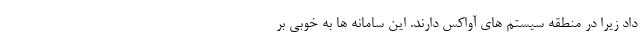
داد زیرا در منطقه سیستم های آواکس دارند. این سامانه ها به خوبی بر